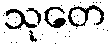
သုတေ